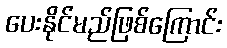
ပေးနိုင်မည်ဖြစ်ကြောင်း